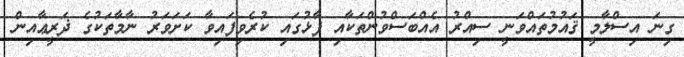
ގިނަ އިސްލާމީ ޤައުމުތައްވަނީ ސިއްރު އެއްބަސްވުންތަކާއި ފާޅުގައި ކުރެވިފައިވާ ކަށަވަރު ނާމާތަކުގެ ޛަރީޢާއިން